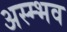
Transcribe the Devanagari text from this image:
अस्म्भव